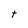
Character: t